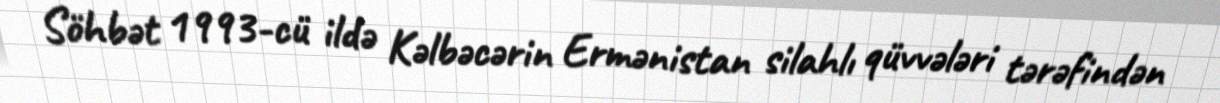
Söhbət 1993-cü ildə Kəlbəcərin Ermənistan silahlı qüvvələri tərəfindən